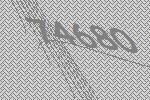
74680